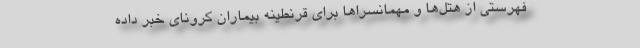
فهرستی از هتل‌ها و مهمانسراها برای قرنطینه بیماران کرونای خبر داده